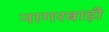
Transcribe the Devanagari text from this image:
नागरबाड़ी